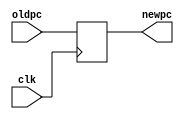
module pc(clk, oldpc,newpc);
input clk;
input [63:0] oldpc;
output reg [63:0] newpc;

initial 
begin
	newpc = 0;			
end

always @(posedge clk)
begin
	newpc <= oldpc;
end
endmodule